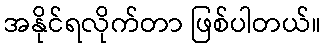
အနိုင်ရလိုက်တာ ဖြစ်ပါတယ်။